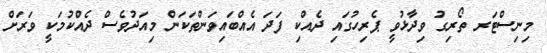
މިނިސްޓަރ ތޯރިގު ވިދާޅުވީ ޕެރިހުގައި ދެއްކި ފަދަ އެއްބައިވަންތަކަން މިއަދުވެސް ދެއްކުމަކީ ވަރަށް